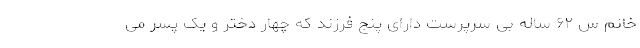
خانم س ۶۲ ساله بی سرپرست دارای پنج فرزند که چهار دختر و یک پسر می